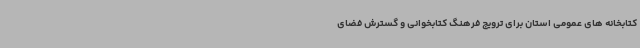
کتابخانه های عمومی استان برای ترویج فرهنگ کتابخوانی و گسترش فضای